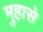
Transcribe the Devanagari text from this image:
मुहासे